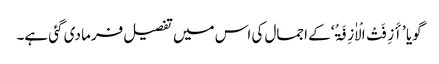
گویا ’أَزِفَتْ الْاٰزِفَۃُ‘ کے اجمال کی اس میں تفصیل فرما دی گئی ہے۔